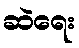
ဆဲရေး